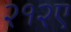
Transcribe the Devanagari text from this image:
२१२ए